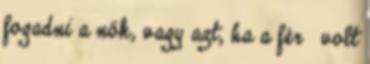
fogadni a nők, vagy azt, ha a férﬁ volt